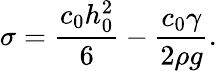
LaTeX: \sigma=\frac{c_{0}h_{0}^{2}}{6}-\frac{c_{0}\gamma}{2\rho g}.